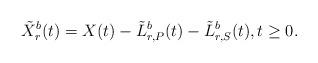
LaTeX: \begin{align*}\tilde{X}_r^b(t) = X(t) - \tilde{L}_{r, P}^b(t) - \tilde{L}_{r,S}^b(t), t \geq 0.\end{align*}